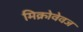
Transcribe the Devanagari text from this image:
मिक्रोवेवज